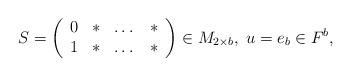
LaTeX: \begin{align*}S=\left( \begin{array}{cccc} 0 & * & \dots & * \\ 1 & * & \dots & * \\ \end{array} \right)\in M_{2\times b},\; u=e_b\in F^b,\end{align*}